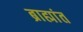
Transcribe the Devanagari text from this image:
ब्राह्मांत